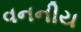
વનનીય